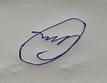
Signature authenticity: forged